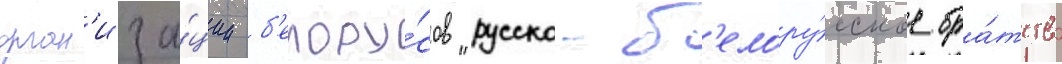
орган'иза́ции б'елору́сов "русско-б'елору́сское бра́тство